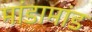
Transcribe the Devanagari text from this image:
मांडामांड